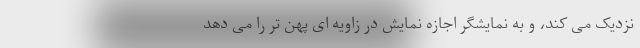
نزدیک می کند، و به نمایشگر اجازه نمایش در زاویه ای پهن تر را می دهد